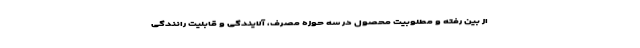
از بین رفته و مطلوبیت محصول در سه حوزه مصرف، آلایندگی و قابلیت رانندگی